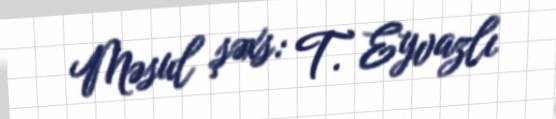
Məsul şəxs: T. Eyvazlı